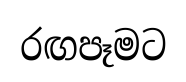
රඟපෑමට